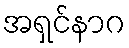
အရှင်နာဂ